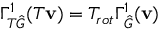
\Gamma _ { T \hat { G } } ^ { 1 } ( T \mathbf { v } ) = T _ { r o t } \Gamma _ { \hat { G } } ^ { 1 } ( \mathbf { v } )